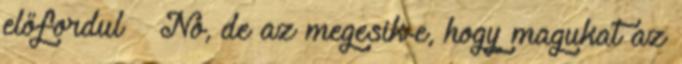
előfordul – No, de az megesik-e, hogy magukat az